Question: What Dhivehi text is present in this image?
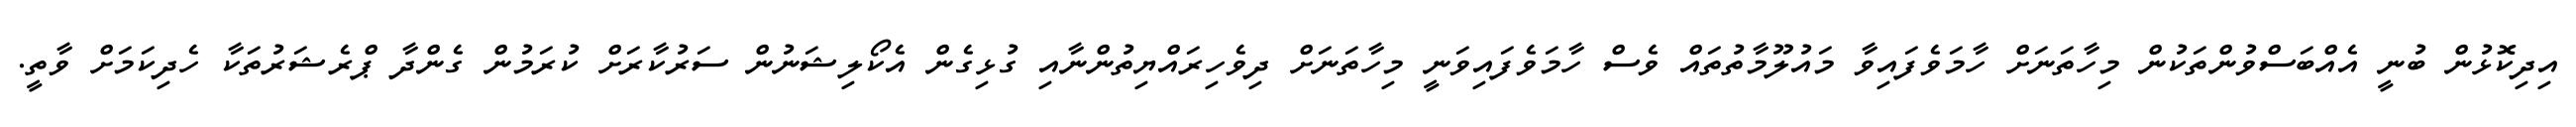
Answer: އިދިކޮޅުން ބުނީ އެއްބަސްވުންތަކުން މިހާތަނަށް ހާމަވެފައިވާ މައުލޫމާތުތައް ވެސް ހާމަވެފައިވަނީ މިހާތަނަށް ދިވެހިރައްޔިތުންނާއި ގުޅިގެން އެކޯލިޝަނުން ސަރުކާރަށް ކުރަމުން ގެންދާ ޕްރެޝަރުތަކާ ހެދިކަމަށް ވާތީ.